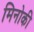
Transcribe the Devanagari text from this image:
मिनोकी